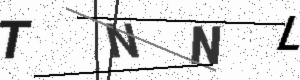
Text: TNNL